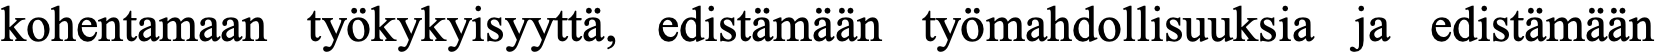
kohentamaan työkykyisyyttä, edistämään työmahdollisuuksia ja edistämään